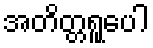
အတိတ္တရူပေါ